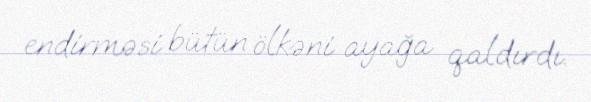
endirməsi bütün ölkəni ayağa qaldırdı.